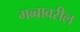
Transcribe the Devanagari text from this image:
गब्बावरील